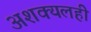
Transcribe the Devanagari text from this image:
अशक्यलही